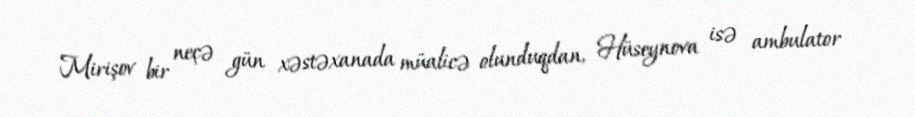
Mirişov bir neçə gün xəstəxanada müalicə olunduqdan, Hüseynova isə ambulator